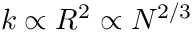
k \propto R ^ { 2 } \propto N ^ { 2 / 3 }